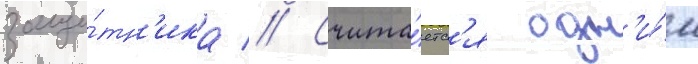
защи́тн'ика // Счита́етс'я одн'и́м